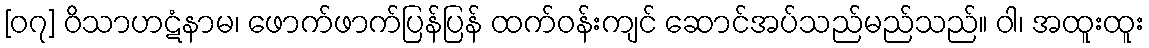
[၀၇] ဝိသာဟဋံနာမ၊ ဖောက်ဖာက်ပြန်ပြန် ထက်ဝန်းကျင် ဆောင်အပ်သည်မည်သည်။ ဝါ၊ အထူးထူး